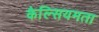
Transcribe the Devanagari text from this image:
कैल्सियमता